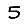
Digit: 5